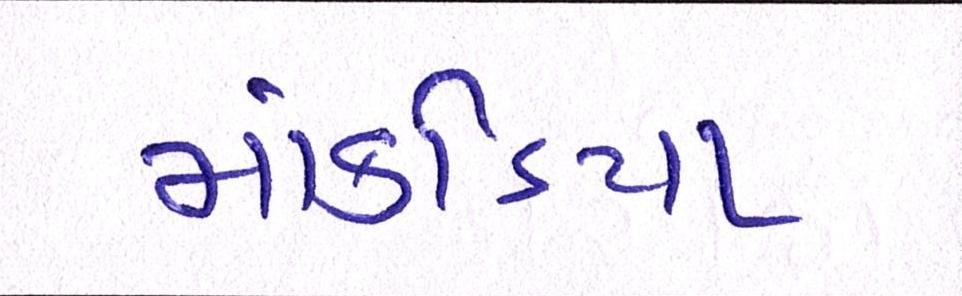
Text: માંકડિયા